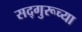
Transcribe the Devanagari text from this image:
सद्गुरूच्या